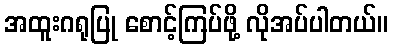
အထူးဂရုပြု စောင့်ကြပ်ဖို့ လိုအပ်ပါတယ်။